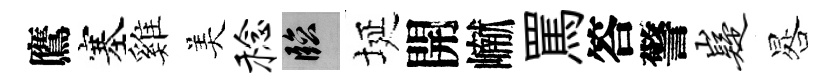
鷹塞雞美稔臨埏開𪩘罵答警嶷晷